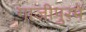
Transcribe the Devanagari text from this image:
गाजीपुरमें